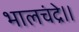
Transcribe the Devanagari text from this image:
भालचंद्रे।।